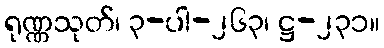
ရုဏ္ဏသုတ်၊ ၃-ပါ-၂၆၃၊ ဋ္ဌ-၂၃၁။